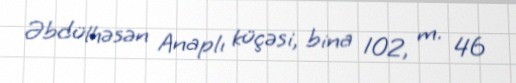
Əbdülhəsən Anaplı küçəsi, bina 102, m. 46